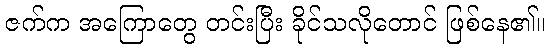
ဇက်က အကြောတွေ တင်းပြီး ခိုင်သလိုတောင် ဖြစ်နေ၏။